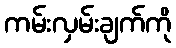
ကမ်းလှမ်းချက်ကို